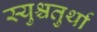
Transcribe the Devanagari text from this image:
स्युश्चतुर्था